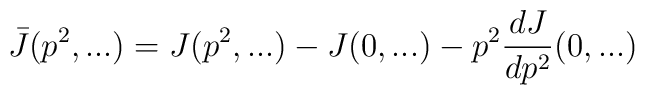
\bar {J} (p^2,...) = J (p^2,...)  - J (0,...) - p^2 \frac{dJ}{dp^2}(0,...)